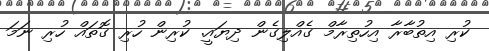
ކުރި އިތުބާރާ އިހުތިރާމް ގެއްލިގެން ދިޔައީ. ކުރިން ހުރި ގޮތައް ހުރި ނަމަ